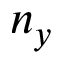
n _ { y }